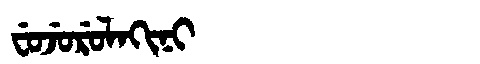
Manchu: ᠸᡠᠵᡠᡵᡠᠯᠠᡴᡳᠨᡳ
Romanization: FUJURULAKINI